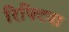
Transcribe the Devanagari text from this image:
रिफ्टिया